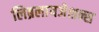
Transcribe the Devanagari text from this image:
लिब्रलायजेशन्स